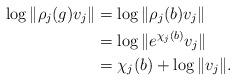
LaTeX: \begin{align*} \log \|\rho_j(g)v_j\|&=\log \|\rho_j(b)v_j\|\\ &=\log\|e^{\chi_j(b)}v_j\|\\ &=\chi_j(b)+\log\|v_j\|. \end{align*}